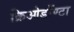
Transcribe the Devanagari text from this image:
क्रिओडॉण्टा